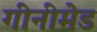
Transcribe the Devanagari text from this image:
गीनीमेड